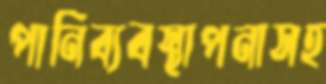
পানিব্যবস্থাপনাসহ